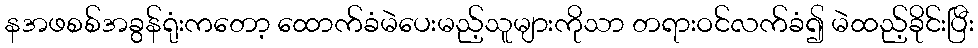
နအဖစစ်အခွန်ရုံးကတော့ ထောက်ခံမဲပေးမည့်သူများကိုသာ တရားဝင်လက်ခံ၍ မဲထည့်ခိုင်းပြီး